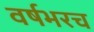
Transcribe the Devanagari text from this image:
वर्षभरच